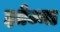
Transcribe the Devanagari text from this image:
झोज्मा